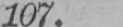
107.